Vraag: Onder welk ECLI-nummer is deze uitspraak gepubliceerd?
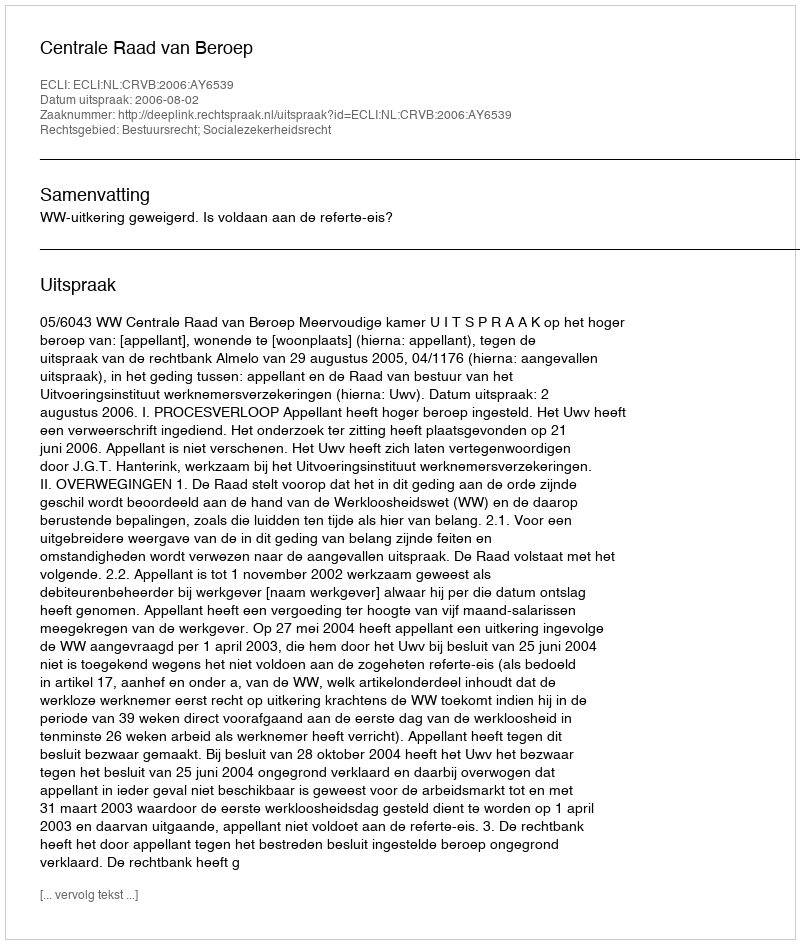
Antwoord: ECLI:NL:CRVB:2006:AY6539